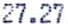
27.27